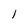
Character: 1